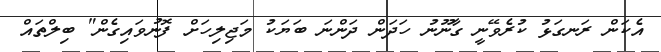
އެކަން ރަނގަޅު ކުރެވޭނީ ގާނޫނު ހަދަން ދަންނަ ބަޔަކު މަޖިލިހަށް ފޮނުވައިގެން" ބިލްތައް